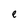
Character: e